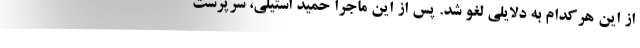
از این هرکدام به دلایلی لغو شد. پس از این ماجرا حمید استیلی، سرپرست